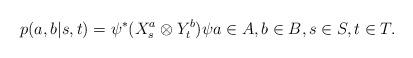
LaTeX: \begin{align*}p(a,b|s,t) = \psi^* (X_s^a \otimes Y_t^b) \psi a \in A, b \in B, s \in S, t \in T.\end{align*}